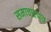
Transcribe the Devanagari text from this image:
समाचारपात्र